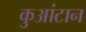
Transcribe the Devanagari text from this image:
कुआंटान